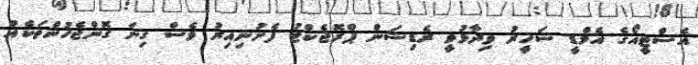
އެސްޓީއޯގެ އެމްޑީ ޝަހީރު ވިދާޅުވީ ރެޑިޝަން ޕްރޮޖެކްޓު ފެށުނިއިރު ވެސް ގިނަ ގޮންޖެހުންތަކެއް